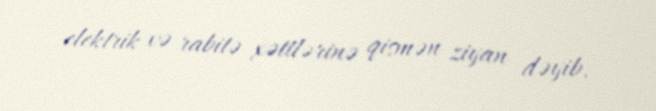
elektrik və rabitə xəttlərinə qismən ziyan dəyib.